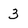
Character: 3